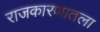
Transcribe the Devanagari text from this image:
राजकारणातला